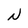
Character: N